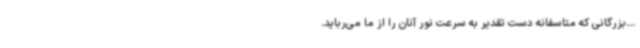
...بزرگانی که متاسفانه دست تقدیر به سرعت نور آنان را از ما می‌رباید.